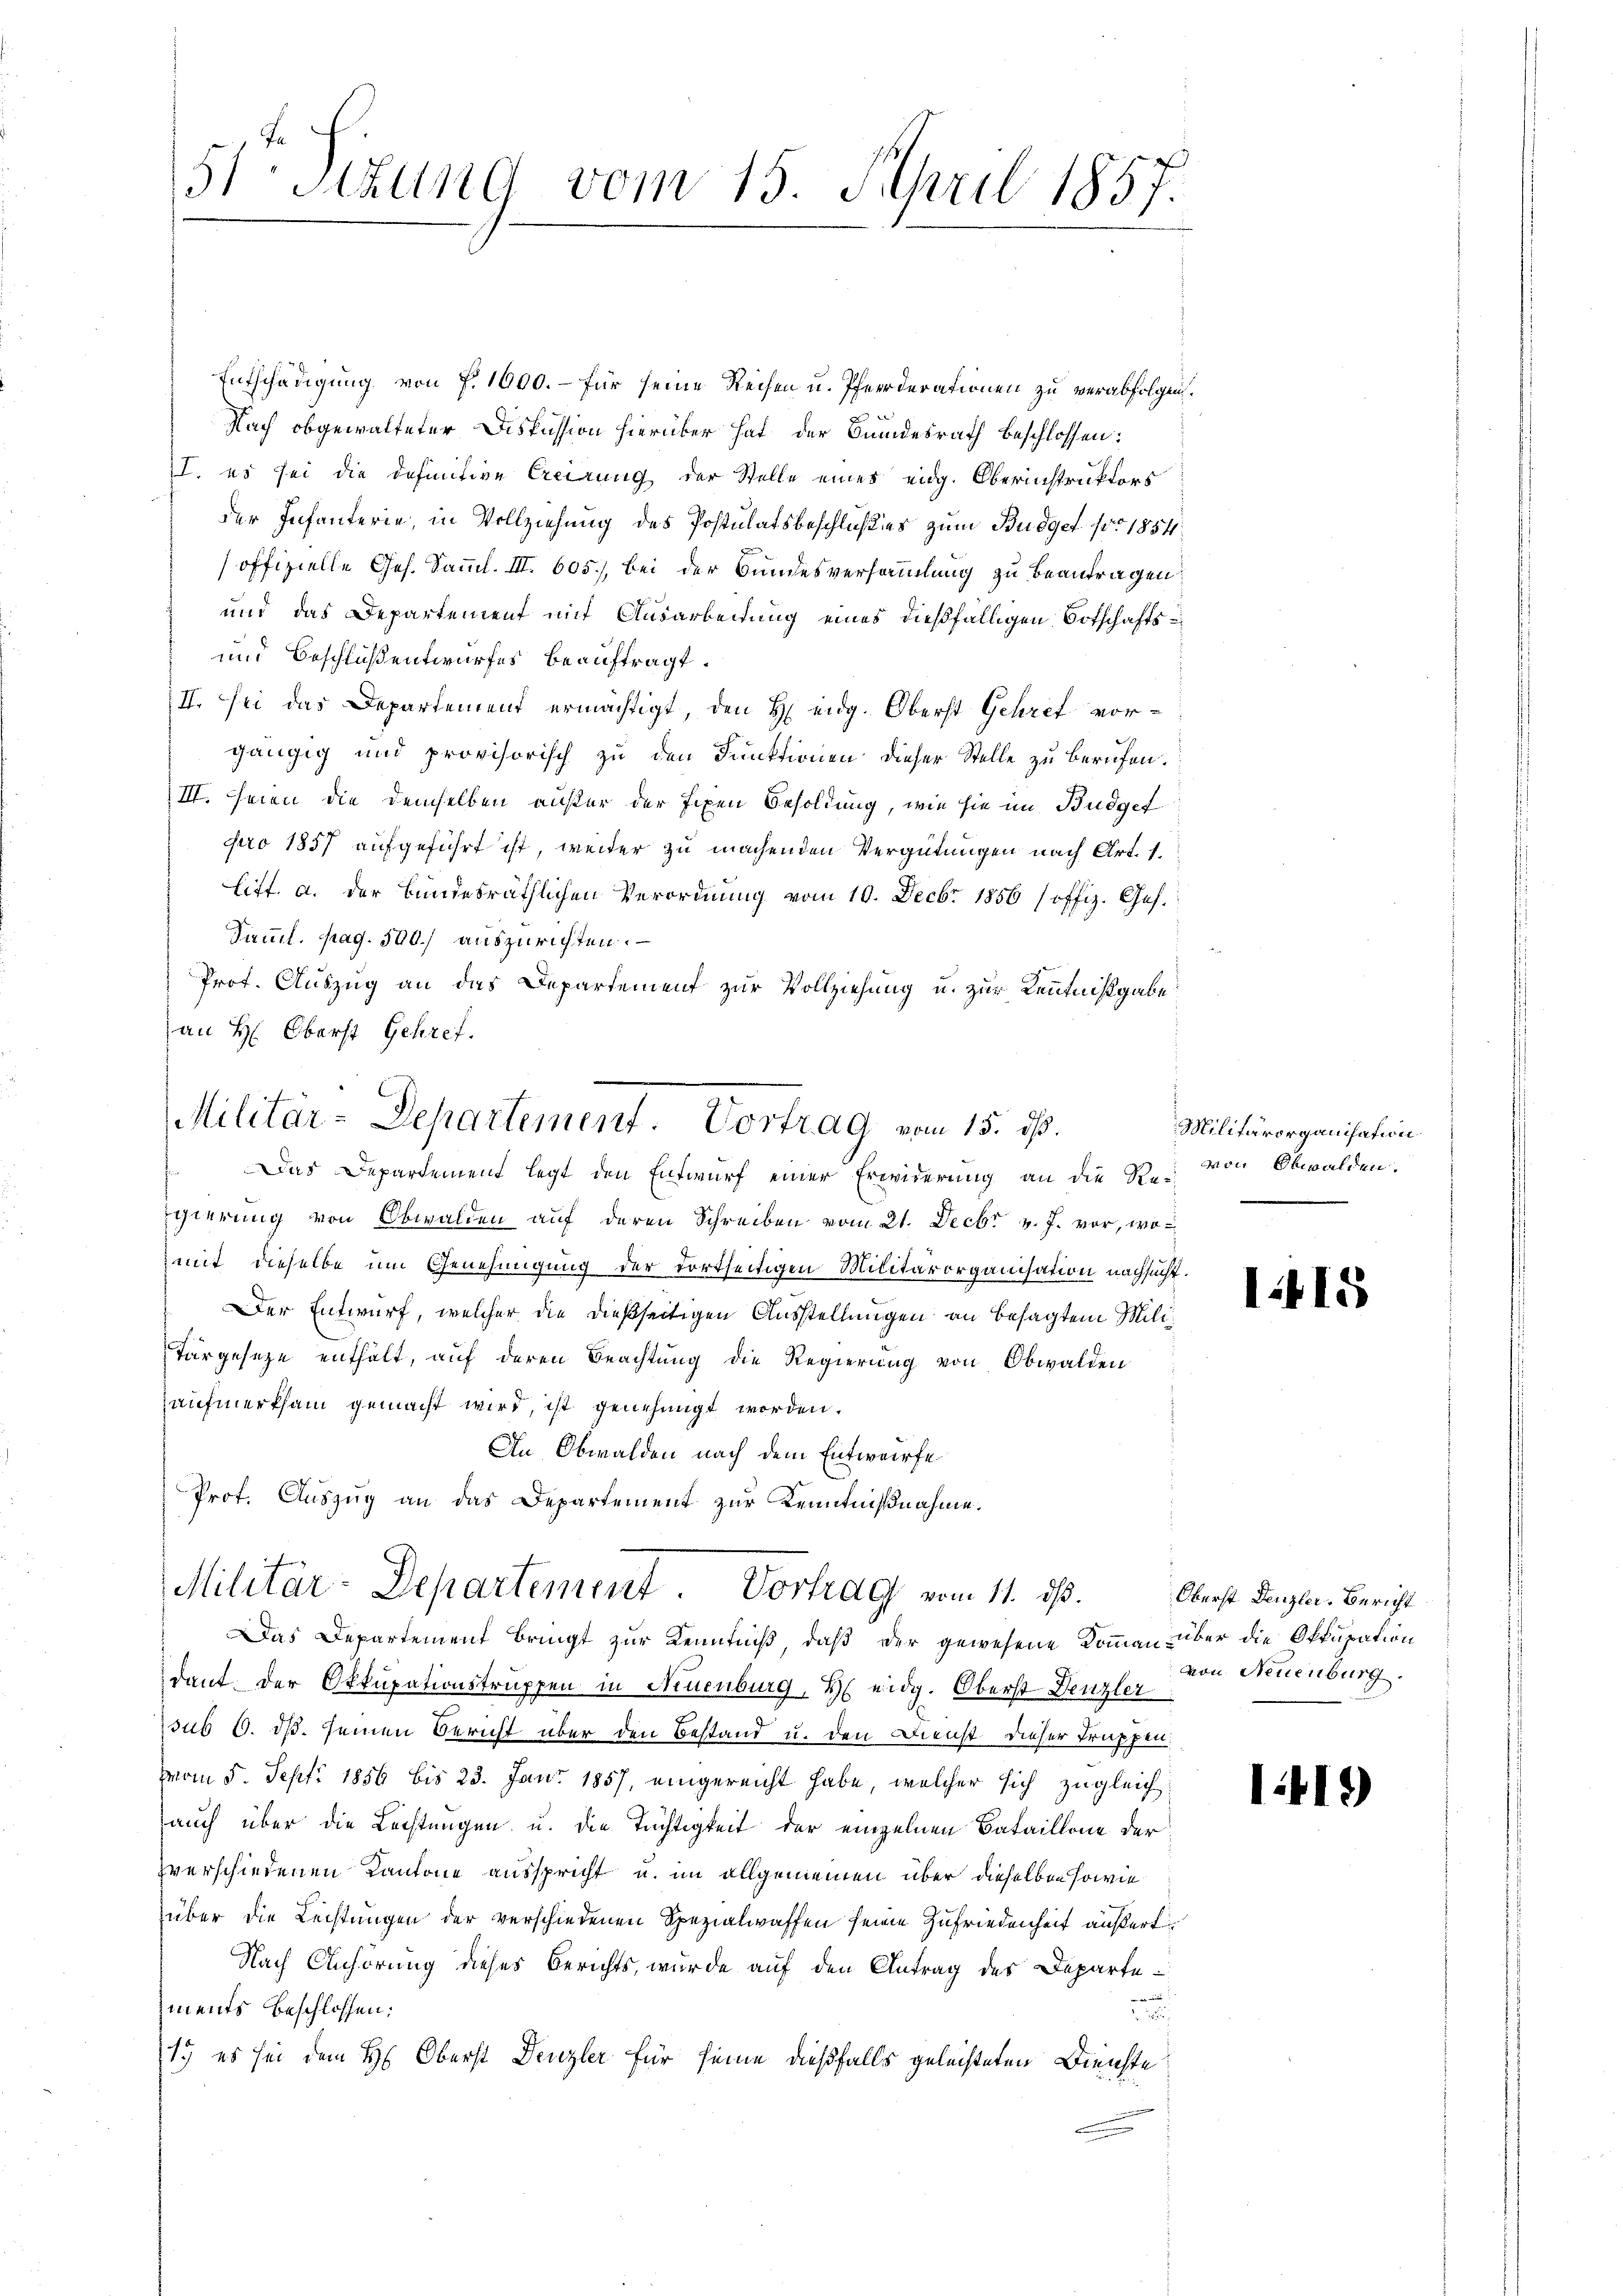
51Stzung vom 15. April 1857.

Entschädigung von P. 1000. – für seine Reihen u. Pferderationen zu verabfolgen.
Nach obgewalteter Diskussion hierüber hat der Bundesrath beschlossen:
. es sei die definitive Creirung der Stelle eines eidg. Oberinstruktors
der Infanterie, in Vollziehung des Postulatsbeschlußes zum Budget pro 1854.
offizielle Ges. Samml. III. 605.) Bei der Bundesversammlung zu beantragen
und das Departement mit Ausarbeitung eines dießfälligen Botschafts¬
und Beschluß entwurfes beauftragt.
II. Sei das Departement ermächtigt, den H. eidg. Oberst Gehret vorgängig und provisorisch zu den Funktionen dieser Stelle zu berufen.
III. Seien die demselben außer der fixen Besoldung, wie sie im Budget
pro 1857 aufgeführt ist, weiter zu machenden Vergütungen nach Art. 1.
litt. a. der Bundesräthlichen Verordnung vom 10. Decbr 1856 (offiz. Ges.
Samml. pag. 500. auszurichten.
Prot. Auszug an das Departement zur Vollziehung u. zur Kenntnißgabe
an H: Oberst Gehref.
Egierung von Obwalden auf deren Schreiben vom 21. Decbr v. J. vor, womit dieselbe um Genehmigung der dortseitigen Militärorganisation nachsucht.
Der Entwurf, welcher die dießseitigen Ausstellungen an besagten Militärgeseze enthält, auf deren Beachtung die Regierung von Obwalden
aufmerksam gemacht wird, ist genehmigt worden.
An Obwalden nach dem Entwurfe
Prof. Auszug an das Departement zur Kenntnißnahme.
Militär-Departement. Vortrag vom 11. ds.
Das Departement bringt zur Kenntniß, daß der gewesene Komman über die Okkupation
dant der Okkupationstruppen in Neuenburg, H. eidg. Oberst Denzler
sub 6. ds. seinen Bericht über den Bestand u. den Dienst dieser Truppen:
vom 5. Sept. 1856 bis 23. Jan. 1857, eingereicht habe, welcher sich zugleich
auch über die Lechtungen u. die Tüchtigkeit der einzelnen Bataillone der
zverschiedenen Kantone ausspricht u. im allgemeinen über dieselben sowie
über die Leistungen der verschiedenen Spezialwaffen seine Zufriedenheit äußert
Nach Anhörung dieses Berichts, wurde auf den Antrag des Departe¬
.
iments beschlossen:
.
1. es sei dem H. Oberst Denzler für seine dießfalls geleisteten Dienste

Militar-Departement. Vortrag vom 15. ds.
Das Departement legt den Entwurf einer Erwiderung an die Re¬

Militärorganisation
von Obwalden.

Oberst Denzler. Bericht
von Neuenburg.

1415

1419)